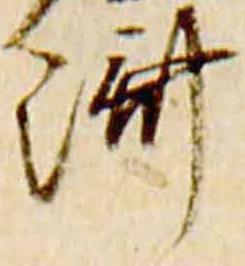
済